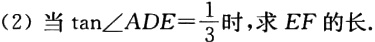
(2) 当$\tan\angle ADE = \frac{1}{3}$时，求$EF$的长.